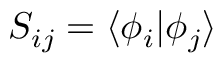
S _ { i j } = \langle \phi _ { i } \vert \phi _ { j } \rangle